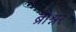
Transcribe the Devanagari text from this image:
ब्रोश्नर